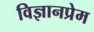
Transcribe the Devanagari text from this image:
विज्ञानप्रेम